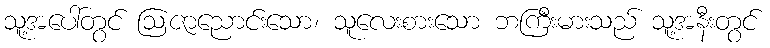
သူ့အပေါ်တွင် ဩဇာညောင်းသော၊ သူလေးစားသော ဘကြီးမားသည် သူ့အနီးတွင်